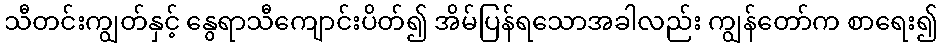
သီတင်းကျွတ်နှင့် နွေရာသီကျောင်းပိတ်၍ အိမ်ပြန်ရသောအခါလည်း ကျွန်တော်က စာရေး၍